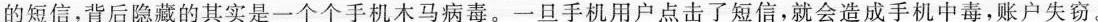
的短信，背后隐藏的其实是一个个手机木马病毒。一旦手机用户点击了短信，就会造成手机中毒，账户失窃。